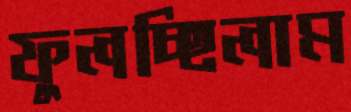
ফুলচ্ছিলাম